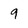
Character: 9